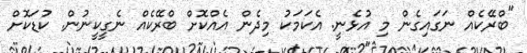
"ބްރޭކެއް ނަގައިގެން މި އުޅެނީ. އެކަމަކު މިދެން އެއްކޮށް ބްރޭކެއް ނެގީކީނުން. ކުޑަކޮށް